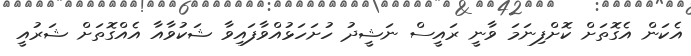
އެކަން އެގޮތަށް ކޮށްފިނަމަ ވާނީ ރައީސް ނަޝީދު ހުށަހަޅުއްވާފައިވާ ޝަކުވާއާ އެއްގޮތަށް ޝަރުއީ